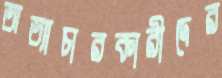
অত্যাচারকারীদের